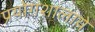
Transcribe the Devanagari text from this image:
प्रयोगशालाये